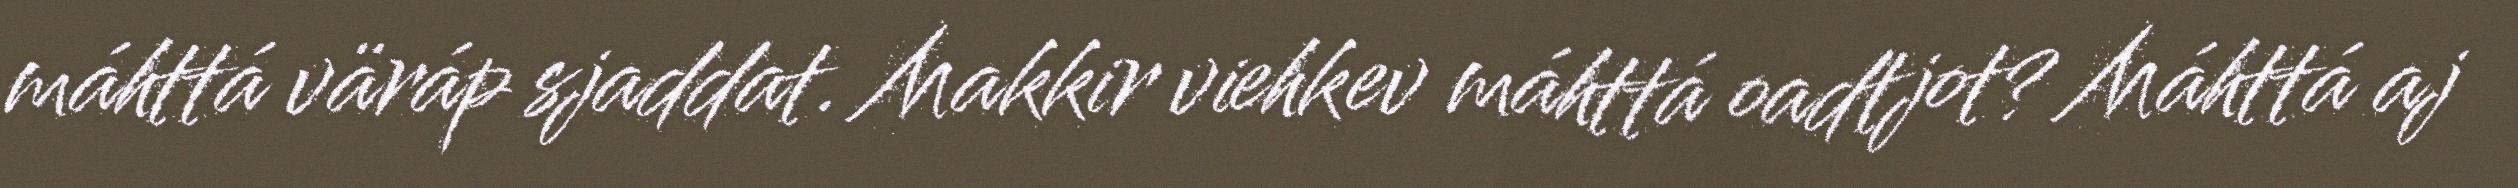
máhttá väráp sjaddat. Makkir viehkev máhttá oadtjot? Máhttá aj